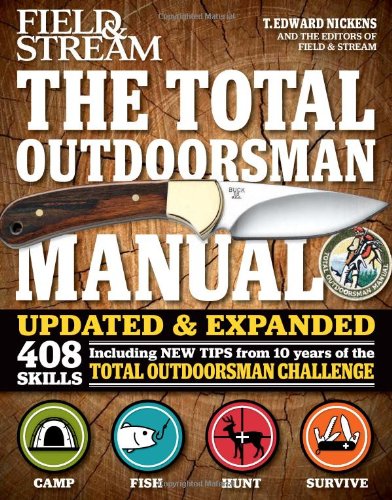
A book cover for The Total Outdoorsman Manual (10th Anniversary Edition) (Feild & Stream); T. Edward Nickens; Sports & Outdoors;